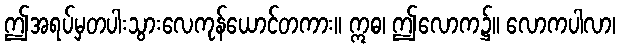
ဤအရပ်မှတပါးသွားလေကုန်ယောင်တကား။ ဣဓ၊ ဤလောက၌။ လောကပါလာ၊